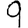
Digit: 9